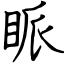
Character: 眽